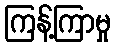
ကြန့်ကြာမှု